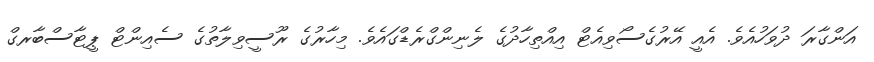
އަންގާރަ ދުވަހުއެވެ. އެއީ އޭރުގެސޯވިއެޓް އިއްތިހާދުގެ ލެނިންގްރެޑްގައެވެ. މިހާރުގެ ރޫސީވިލާތުގެ ސެއިންޓް ޕީޓާސްބާރގް